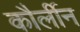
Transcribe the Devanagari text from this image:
कौर्लीन